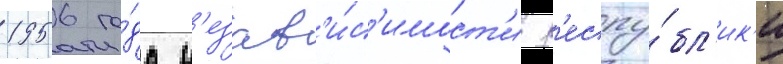
1956 го́да н'езав'и́с'имост'и р'еспу́бл'ик'и